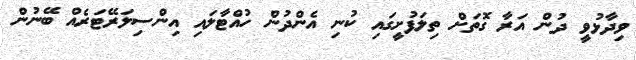
ވިދާޅުވީ ދުން އަރާ ގޮތަށް ތިލަފުށީގައި ކުނި އެންދުން ހުއްޓާލައި އިންސިލަރޭޓަރެއް ބޭނުން